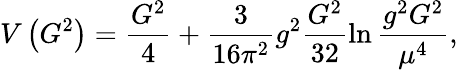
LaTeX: V\left(G^{2}\right)=\frac{G^{2}}4+\frac 3{16\pi^{2}}g^{2}\frac{G^{2}}{32}\ln\frac{g^{2}G^{2}}{\mu^{4}},